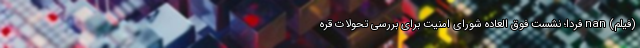
(فیلم) nan فردا؛ نشست فوق العاده شورای امنیت برای بررسی تحولات قره